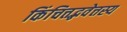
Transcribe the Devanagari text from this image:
किंचित्तद्भवेत्तस्य